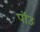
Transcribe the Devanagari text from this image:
पॉउ